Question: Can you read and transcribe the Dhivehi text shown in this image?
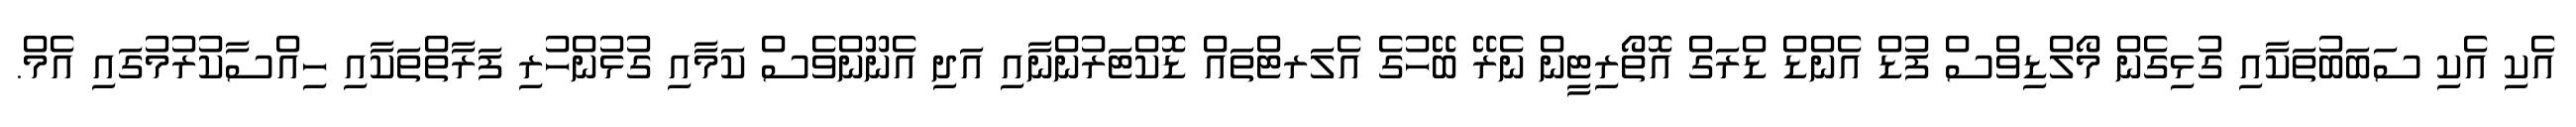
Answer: އެކި އެކި ސަބަބުތަކާއި ގުޅިގެން މޯލްޑިވްސް ފުޑް އެންޑް ޑްރަގް އޮތޯރިޓީން ނެރޭ ބޭހުގެ އެލަރޓްތައް ޑޮކްޓަރުންނާއި އަދި އެނޫންވެސް ކަމާއި ގުޅުންހުރި ފަރާތްތަކާއި ހިއްސާކުރުމުގައި އެމް.